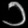
Digit: ၁